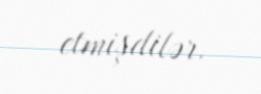
etmişdilər.